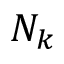
N _ { k }